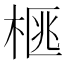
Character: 𭪜